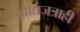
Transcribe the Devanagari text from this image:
खाद्यजत्राही